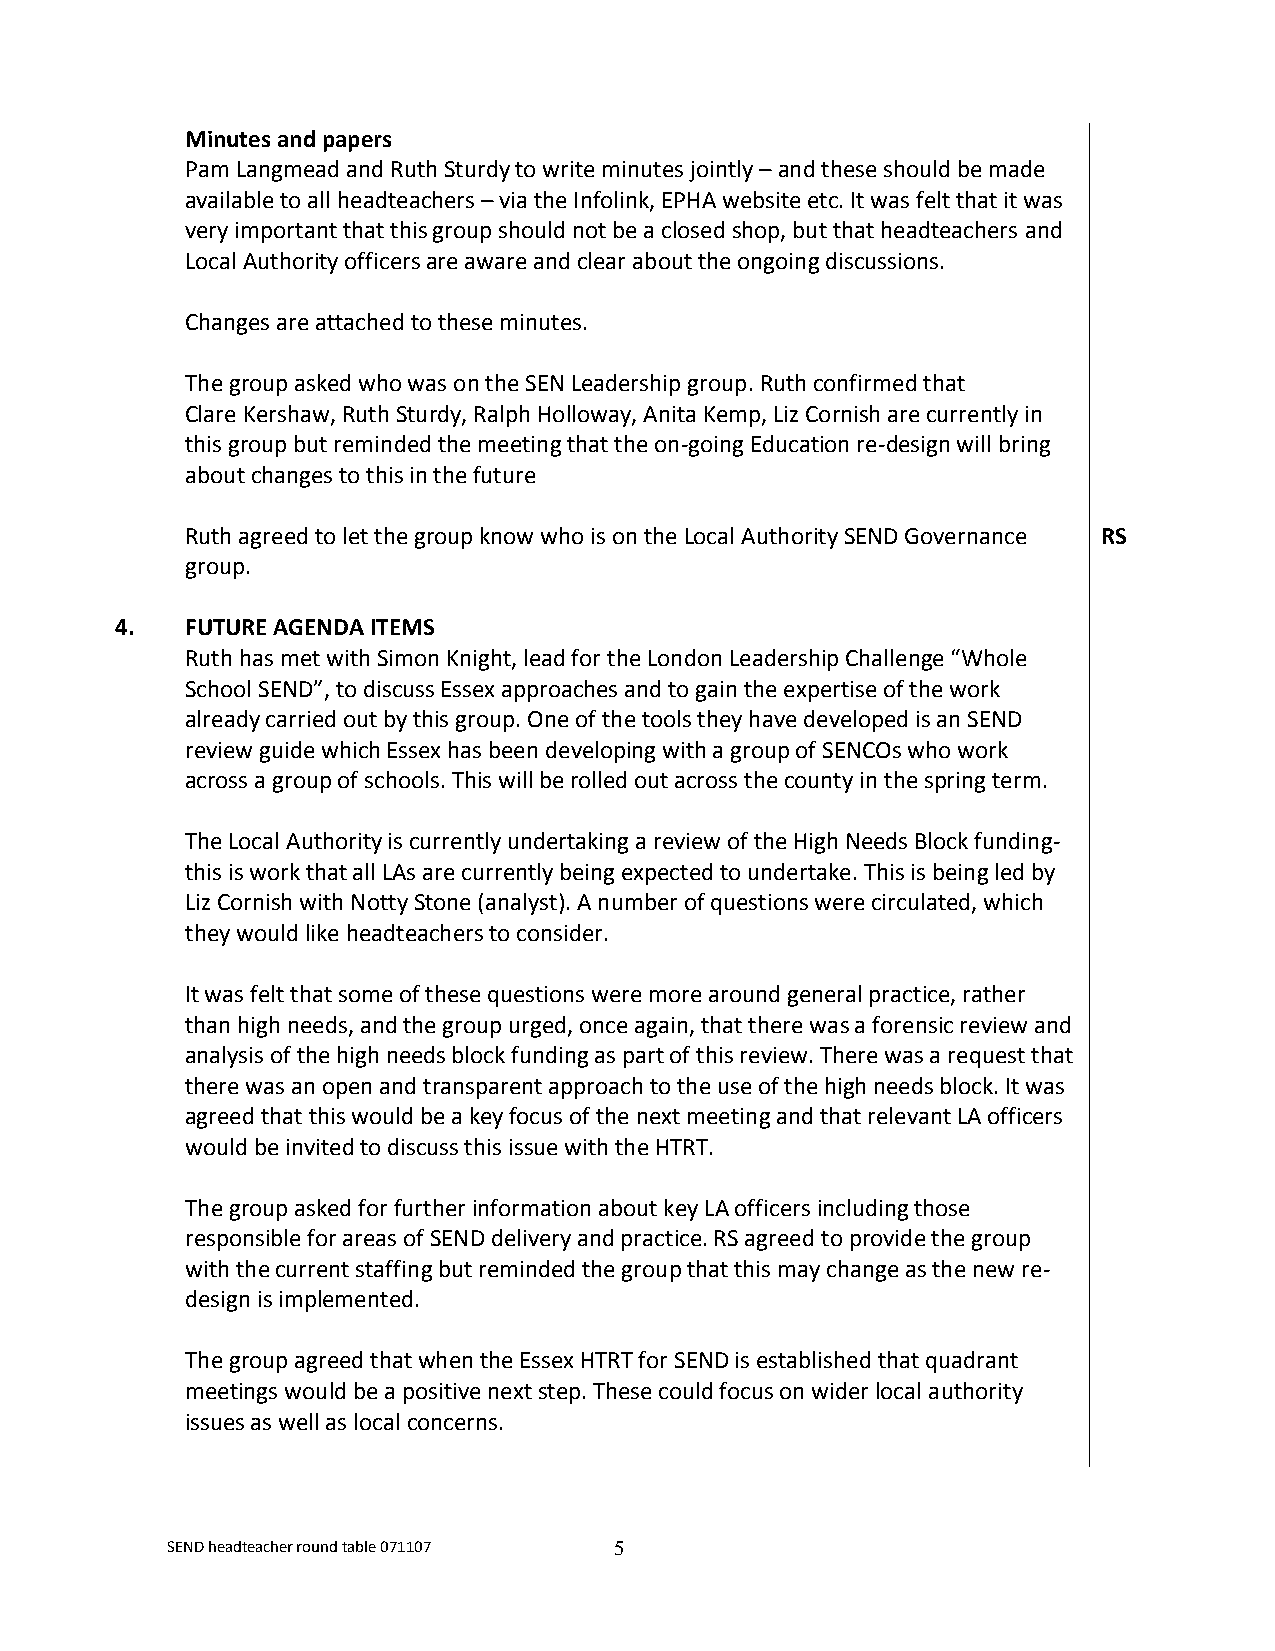
Minutes and papers
 Pam Langmead and Ruth Sturdy to write minutes jointly – and these should be made
 available to all headteachers – via the Infolink, EPHA website etc. It was felt that it was
 very important that this group should not be a closed shop, but that headteachers and
 Local Authority officers are aware and clear about the ongoing discussions.
 Changes are attached to these minutes.
 The group asked who was on the SEN Leadership group. Ruth confirmed that
 Clare Kershaw, Ruth Sturdy, Ralph Holloway, Anita Kemp, Liz Cornish are currently in
 this group but reminded the meeting that the on-going Education re-design will bring
 about changes to this in the future
 Ruth agreed to let the group know who is on the Local Authority SEND Governance RS
 group.
 4.  FUTURE AGENDA ITEMS
 Ruth has met with Simon Knight, lead for the London Leadership Challenge “Whole
 School SEND”, to discuss Essex approaches and to gain the expertise of the work
 already carried out by this group. One of the tools they have developed is an SEND
 review guide which Essex has been developing with a group of SENCOs who work
 across a group of schools. This will be rolled out across the county in the spring term.
 The Local Authority is currently undertaking a review of the High Needs Block funding-
 this is work that all LAs are currently being expected to undertake. This is being led by
 Liz Cornish with Notty Stone (analyst). A number of questions were circulated, which
 they would like headteachers to consider.
 It was felt that some of these questions were more around general practice, rather
 than high needs, and the group urged, once again, that there was a forensic review and
 analysis of the high needs block funding as part of this review. There was a request that
 there was an open and transparent approach to the use of the high needs block. It was
 agreed that this would be a key focus of the next meeting and that relevant LA officers
 would be invited to discuss this issue with the HTRT.
 The group asked for further information about key LA officers including those
 responsible for areas of SEND delivery and practice. RS agreed to provide the group
 with the current staffing but reminded the group that this may change as the new re-
 design is implemented.
 The group agreed that when the Essex HTRT for SEND is established that quadrant
 meetings would be a positive next step. These could focus on wider local authority
 issues as well as local concerns.
 SEND headteacher round table 071107 5